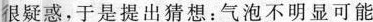
很疑惑，于是提出猜想：气泡不明显可能